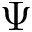
\Psi